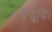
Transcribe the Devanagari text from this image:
धृष्ट्बुद्धि।